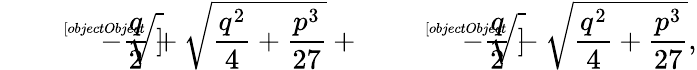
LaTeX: {\sqrt[[objectObject]]{-{\frac{q}{2}}+{\sqrt{{\frac{q^{2}}{4}}+{\frac{p^{3}}{27}}}}}}+{\sqrt[[objectObject]]{-{\frac{q}{2}}-{\sqrt{{\frac{q^{2}}{4}}+{\frac{p^{3}}{27}}}}}},